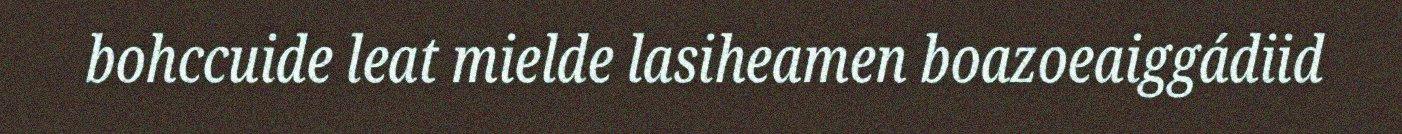
bohccuide leat mielde lasiheamen boazoeaiggádiid